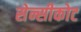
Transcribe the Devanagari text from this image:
सेन्सीकोट